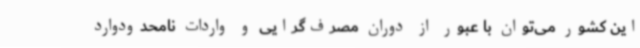
این کشور می‌توان با عبور از دوران مصرف‌گرایی و واردات نامحدودوارد